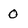
Character: 0